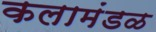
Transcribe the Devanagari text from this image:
कलामंडळ